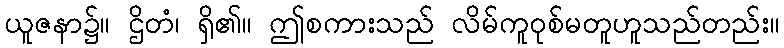
ယူဇနာ၌။ ဌိတံ၊ ရှိ၏။ ဤစကားသည် လိမ်ကူဝုစ်မတူဟူသည်တည်း။